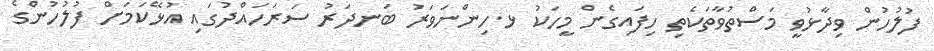
ފުލުހުން ވިދާޅުވީ މަސްތުވާތަކެތި ހިފައިގެން މީހަކު ޅ.ހިންނަވަރު ބަނދަރު ސަރަހައްދުގައި އުޅޭކަމަށް ފުލުހުންގެ